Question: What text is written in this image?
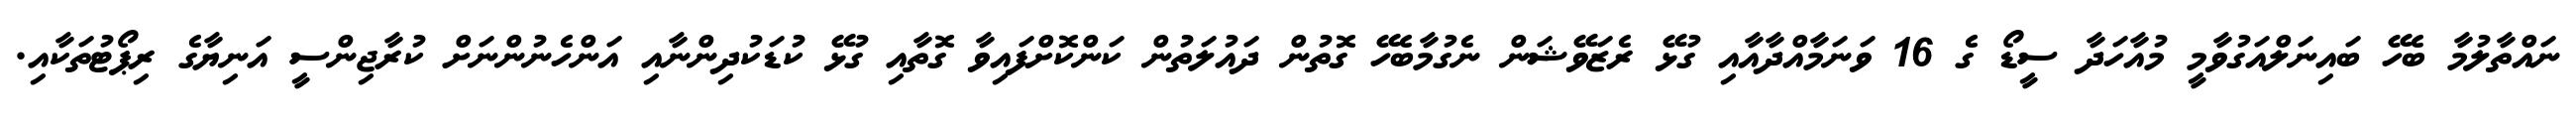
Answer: ނައްތާލުމާ ބެހޭ ބައިނަލްއަގުވާމީ މުއާހަދާ ސީޑޯ ގެ 16 ވަނަމާއްދާއާއި ގުޅޭ ރެޒަވޭޝަން ނެގުމާބެހޭ ގޮތުން ދައުލަތުން ކަންކޮށްފައިވާ ގޮތާއި ގުޅޭ ކުޑަކުދިންނާއި އަންހެނުންނަށް ކުރާޖިންސީ އަނިޔާގެ ރިޕޯޓުތަކާއި.